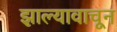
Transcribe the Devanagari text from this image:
झाल्यावाचून